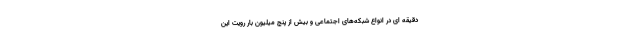
دقیقه ای در انواع شبکه‌های اجتماعی و بیش از پنج میلیون بار رویت این